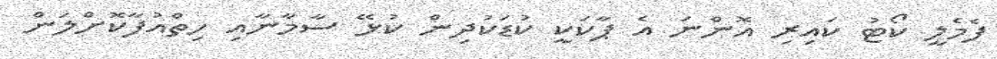
ފެމެލީ ކޯޓު ކައިރި އޮންނަ އެ ޕާކަކީ ކުޑަކުދިން ކުޅޭ ސާމާނާއި ހިތްއުފާކޮށްލަން